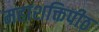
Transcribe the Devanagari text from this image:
महाशक्तिपीठ